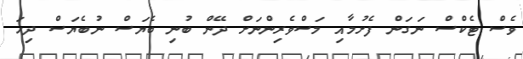
ވެސް ޓެކްސް ނަގަން ފެށުމާއި މަސްވެރިންނަށް ދޭން ބުނި ބެޔަސް ނުބެޔަސް ދިހަ